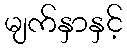
မျက်နှာနှင့်